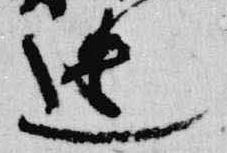
遣